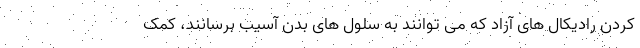
کردن رادیکال های آزاد که می توانند به سلول های بدن آسیب برسانند، کمک